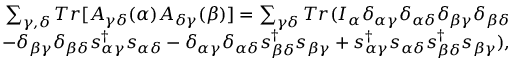
\begin{array} { r } { { \sum _ { \gamma , \delta } T r [ A _ { \gamma \delta } ( \alpha ) A _ { \delta \gamma } ( \beta ) ] = \sum _ { \gamma \delta } T r ( I _ { \alpha } \delta _ { \alpha \gamma } \delta _ { \alpha \delta } \delta _ { \beta \gamma } \delta _ { \beta \delta } } } \\ { { - \delta _ { \beta \gamma } \delta _ { \beta \delta } s _ { \alpha \gamma } ^ { \dagger } s _ { \alpha \delta } - \delta _ { \alpha \gamma } \delta _ { \alpha \delta } s _ { \beta \delta } ^ { \dagger } s _ { \beta \gamma } + s _ { \alpha \gamma } ^ { \dagger } s _ { \alpha \delta } s _ { \beta \delta } ^ { \dagger } s _ { \beta \gamma } ) } , } \end{array}